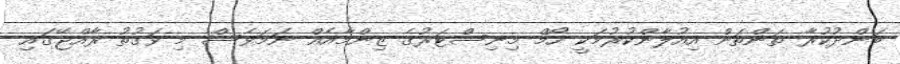
ބަންދުކުރާ ތަންތަން އިއުލާންކުރުމަކީ ހޯމް މިނިސްޓަރުގެ ޒިންމާއެއް ނަމަވެސް މި ވަގުތު ރާއްޖޭގައި